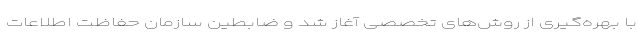
با بهره‌گیری از روش‌های تخصصی آغاز شد و ضابطین سازمان حفاظت اطلاعات